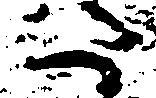
た